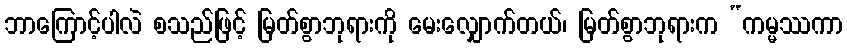
ဘာကြောင့်ပါလဲ စသည်ဖြင့် မြတ်စွာဘုရားကို မေးလျှောက်တယ်၊ မြတ်စွာဘုရားက “ကမ္မဿကာ